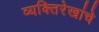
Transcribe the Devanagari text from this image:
व्यक्तिरेखांचे